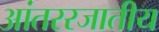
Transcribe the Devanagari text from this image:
आंतररजातीय